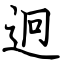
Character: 迥